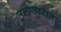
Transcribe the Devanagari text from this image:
तन्त्रसारात